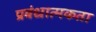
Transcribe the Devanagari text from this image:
प्रबंधात्मकता